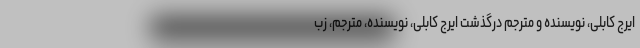
ایرج کابلی، نویسنده و مترجم درگذشت ایرج کابلی، نویسنده، مترجم، زب